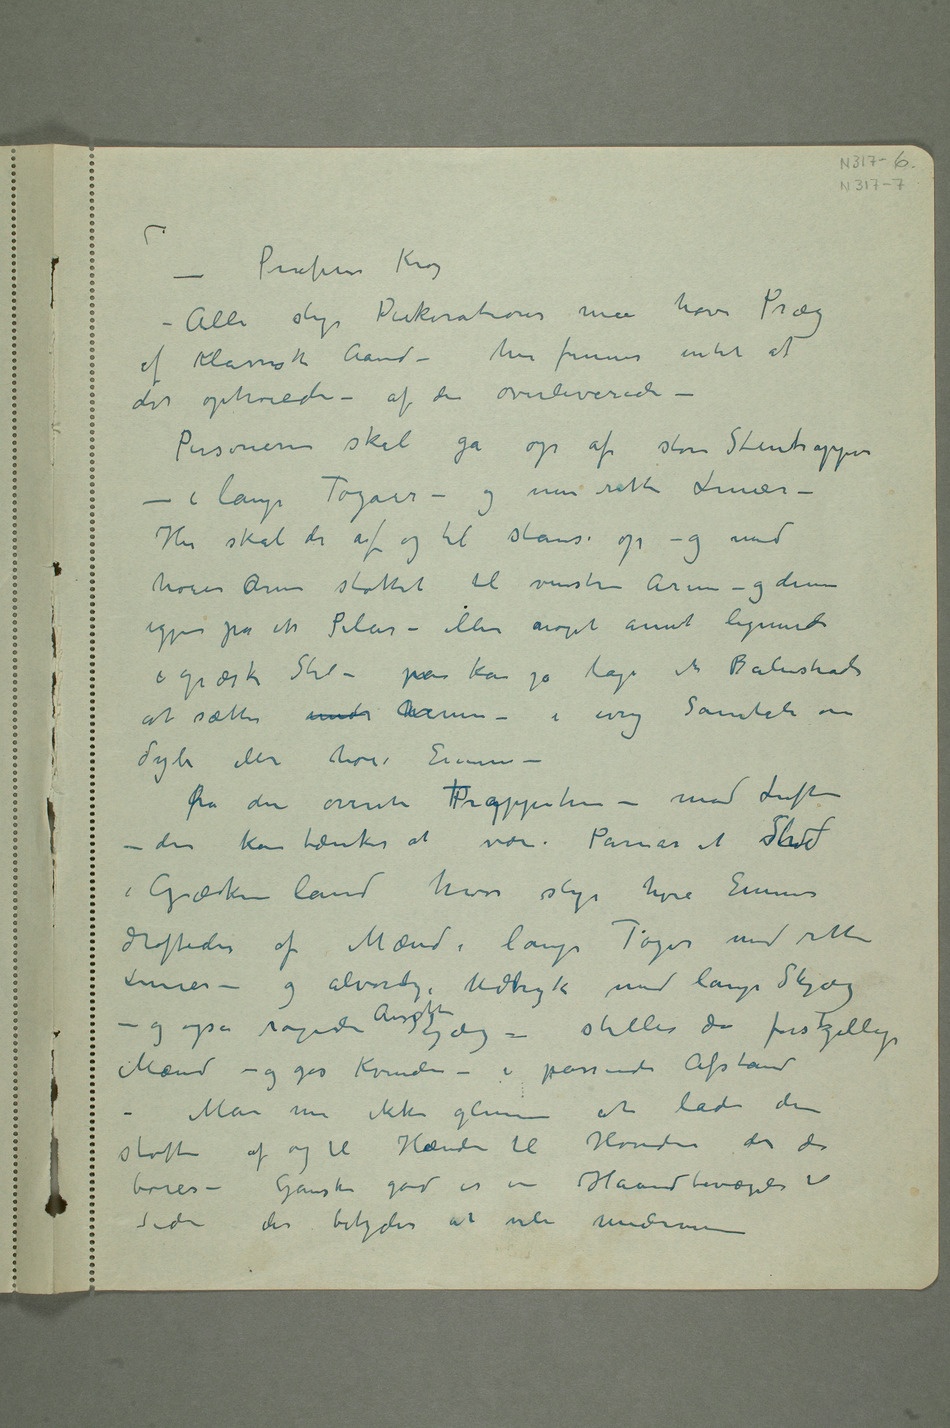
>Professor Krog
– Alle slige Dekorationer må have Præg
af Klassisk Aand – her finnes intet af
det ophøiede – af det overleverede –
– i lange Togaer – og mer rette Linier
– Her skal de af og til stanse op – og med
høire aArm støttet til venstre Arm – og denne
igjen på en Pilar – eller noget annet lignende
i græsk Stil – man kan jo lage en Balustrade
at sætte under armen – i evig Samtale om
dybe eller høie Emner –
Fra den øverste PTrappetrin – mod Luften –
der kan tænkes at være Parnas et Sted
i Grækenland hvor slige høie Emner
drøftedes af Mænd i lange Toger med rette
Linier – og alvorlige Udtryk med lange Skjæg
– og også ragede AnsiktSkjæg – stilles de forskjellige
Mænd – og gis Kvinden – i passende Afstand –
Man må ikke glemme at lade dem
støtte af og til Heænder til Hoveder der de
bøies – Ganske god er en Haandbevægelse til
Siden der betyder at vile undrene